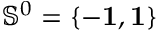
{ \mathbb S } ^ { 0 } = \{ - { \bf 1 } , { \bf 1 } \}